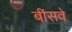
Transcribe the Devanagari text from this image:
बींसवे